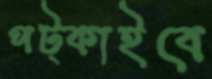
পট্‌কাইবে